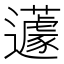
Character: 𨙊